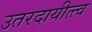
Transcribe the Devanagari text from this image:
उतरदायीत्त्व